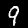
Label: 9